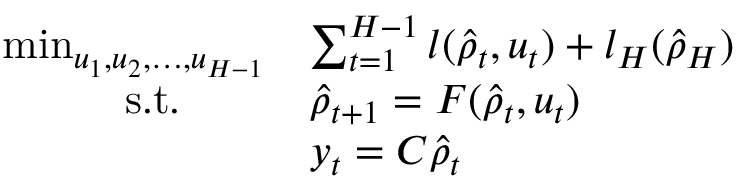
\begin{array} { r l } { \operatorname* { m i n } _ { u _ { 1 } , u _ { 2 } , \dots , u _ { H - 1 } } } & { \sum _ { t = 1 } ^ { H - 1 } l ( \hat { \rho } _ { t } , u _ { t } ) + l _ { H } ( \hat { \rho } _ { H } ) } \\ { \mathrm { s . t . } \qquad } & { \hat { \rho } _ { t + 1 } = F ( \hat { \rho } _ { t } , u _ { t } ) } \\ & { y _ { t } = C \hat { \rho } _ { t } } \end{array}